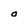
Character: O